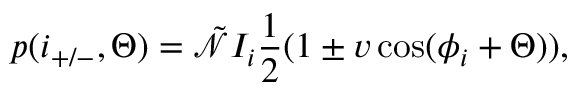
p ( i _ { + / - } , \Theta ) = \tilde { \mathcal { N } } I _ { i } \frac { 1 } { 2 } ( 1 \pm v \cos ( \phi _ { i } + \Theta ) ) ,